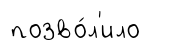
позво́л'ило